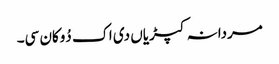
مردانہ کپڑیاں دی اک دُوکان سی۔